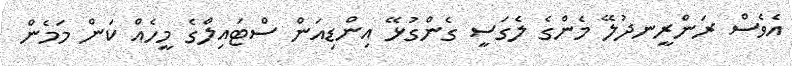
އެވެސް ރަންރީނދުލޭ މެންގެ ލެގަސީ ގެންގުޅޭ އިންޑިއަން ސްޓައިލްގެ މީހެއް ކަން މަމެން